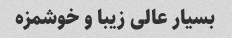
بسیار عالی زیبا و خوشمزه